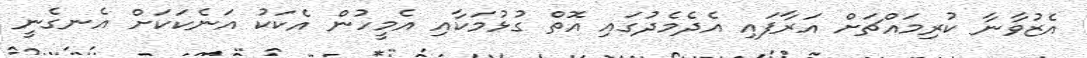
އެޒުވާނާ ކުރިމައްޗަށް އަރާފައި އެދެމެދުގައި އޮތް ގުޅުމަކާއި އެމީހުން އެކަކު އަނެކަކަށް އެނގެނީ